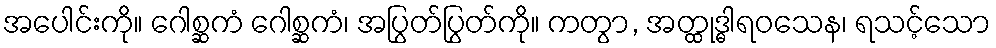
အပေါင်းကို။ ဂေါစ္ဆကံ ဂေါစ္ဆကံ၊ အပြွတ်ပြွတ်ကို။ ကတွာ, အတ္ထုဒ္ဓါရဝသေန၊ ရသင့်သော